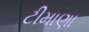
ટીમાણા